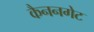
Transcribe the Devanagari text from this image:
कैननगेट